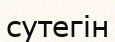
сутегін